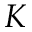
K